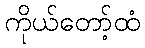
ကိုယ်တော့်ထံ